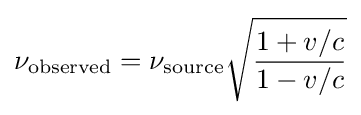
\nu _{\text{observed}}=\nu _{\text{source}}{\sqrt {\frac {1+v/c}{1-v/c}}}